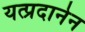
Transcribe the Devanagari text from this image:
यत्प्रदानेन